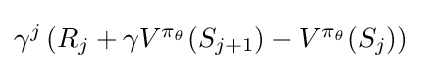
{\textstyle \gamma ^{j}\left(R_{j}+\gamma V^{\pi _{\theta }}(S_{j+1})-V^{\pi _{\theta }}(S_{j})\right)}